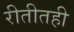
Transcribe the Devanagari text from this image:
रीतीतही